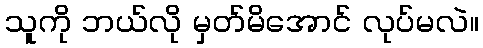
သူကို ဘယ်လို မှတ်မိအောင် လုပ်မလဲ။